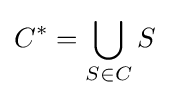
C^{*}=\bigcup _{S\in C}S